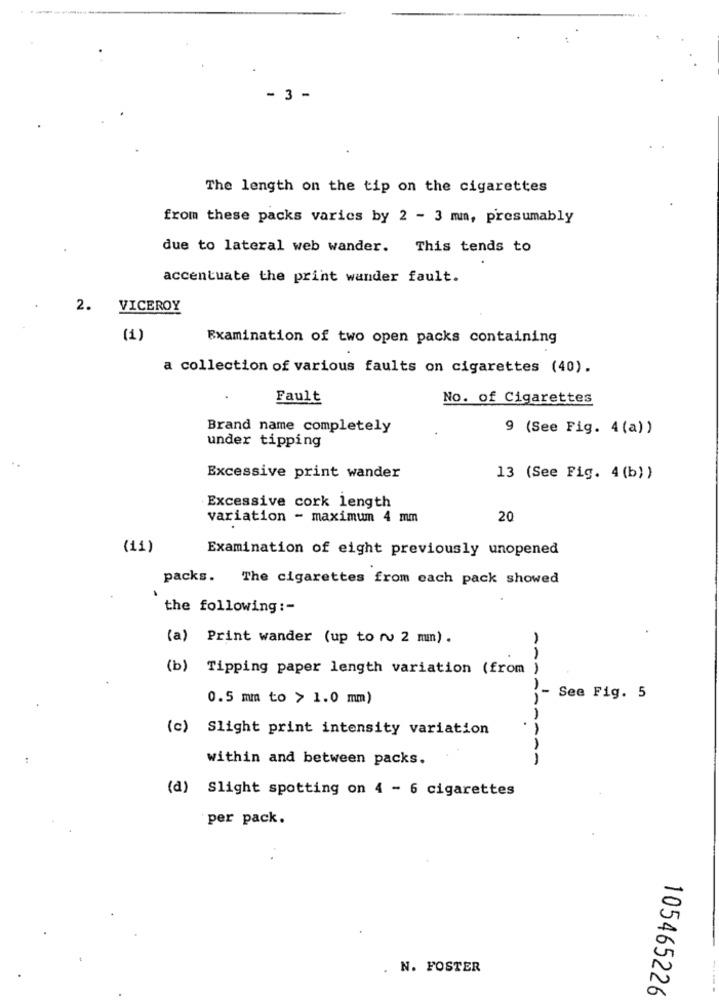
- 3 -
The length on the tip on the cigarettes
from these packs varics by 2 - 3 mm, presumably
due to lateral web wander. This tends to
accentuate the print wander fault.
2.
VICEROY
(1)
Examination of two open packs containing
a collection of various faults on cigarettes (40).
Fault
No. of Cigarettes
Brand name completely
9 (See Fig. 4 (a))
under tipping
Excessive print wander
13 (See Fig. 4(b))
Excessive cork length
variation - maximum 4 mm
20
(11)
Examination of eight previously unopened
packs.
The cigarettes from cach pack showed
the following :-
(a) Print wander (up to ru 2 mm).
(b) Tipping paper length variation (from
-
0.5 mm to > 1.0 mm)
See Fig. 5
(c) Slight print intensity variation
within and between packs.
AAAAAAAAA
(d) Slight spotting on 4 - 6 cigarettes
per pack.
. N. FOSTER
105465226